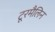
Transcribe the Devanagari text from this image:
टूरमैलिन